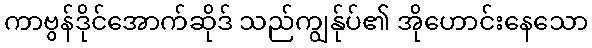
ကာဗွန်ဒိုင်အောက်ဆိုဒ် သည်ကျွန်ုပ်၏ အိုဟောင်းနေသော